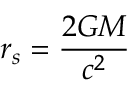
r _ { s } = \frac { 2 G M } { c ^ { 2 } }